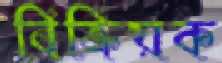
বিক্রিয়ক